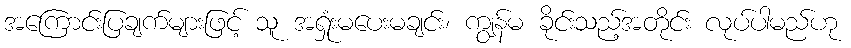
အကြောင်းပြချက်များဖြင့် သူ အရှုံးမပေးမချင်း၊ ကျွန်မ ခိုင်းသည့်အတိုင်း လုပ်ပါမည်ဟု